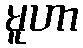
မူဟာ